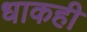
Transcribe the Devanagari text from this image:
धाकही